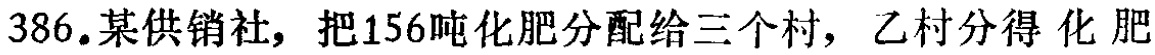
386.某供销社，把156吨化肥分配给三个村，乙村分得 化 肥